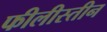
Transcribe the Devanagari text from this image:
फीलीस्तीन